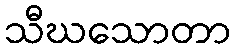
သီဃသောတာ